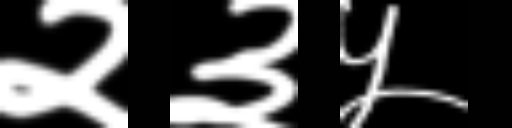
Text: २३५